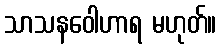
သာသနဝေါဟာရ မဟုတ်။